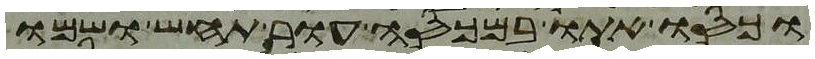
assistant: וכסו אתו במכסה עור תחש ושמו